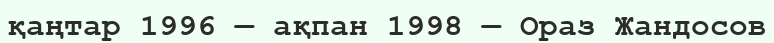
қаңтар 1996 — ақпан 1998 — Ораз Жандосов